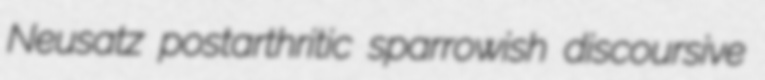
Neusatz postarthritic sparrowish discoursive